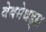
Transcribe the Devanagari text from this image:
वेबमेथड्स